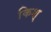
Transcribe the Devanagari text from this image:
किश्